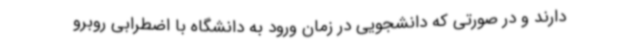
دارند و در صورتی که دانشجویی در زمان ورود به دانشگاه با اضطرابی روبرو